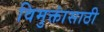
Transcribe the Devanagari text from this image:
विमुक्तांसाठी